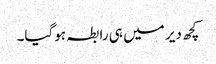
کچھ دیر میں ہی رابطہ ہوگیا۔